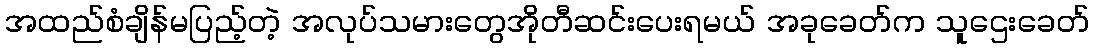
အထည်စံချိန်မပြည့်တဲ့ အလုပ်သမားတွေအိုတီဆင်းပေးရမယ် အခုခေတ်က သူဌေးခေတ်